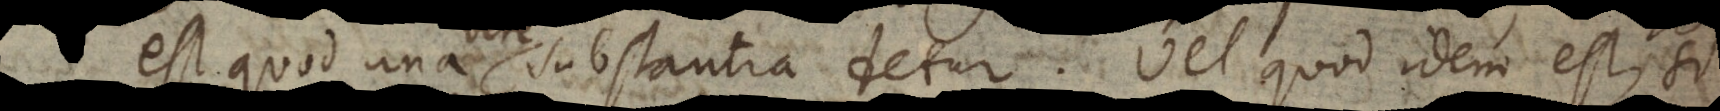
est quod una substantia detur. Vel quod idem est, si